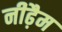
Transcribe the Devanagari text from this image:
नीढ़ैम